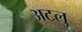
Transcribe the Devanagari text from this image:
अटलु